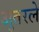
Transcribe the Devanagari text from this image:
अुतरले